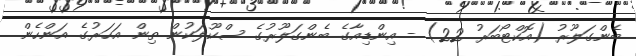
ބެންގަލޫރު (އޮކްޓޯބަރު 22) - އިންޑިއާގެ ބެންގަލޫރުގެ ސްކޫލަކުން ތިން އަހަރުގެ އަންހެން